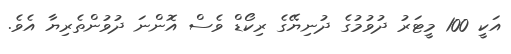
އަކީ 100 މީޓަރު ދުވުމުގެ ދުނިޔޭގެ ރިކޯޑް ވެސް އޮންނަ ދުވުންތެރިޔާ އެވެ.